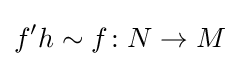
f'h\sim f\colon N\to M